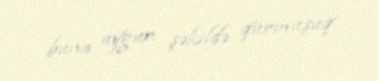
buna uyğun şəkildə qurmuşuq.